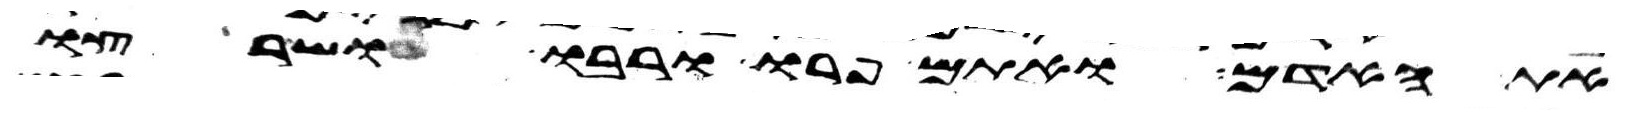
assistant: את האדם ואתם פרו ורבו ושרצו